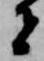
者